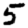
Digit: 5